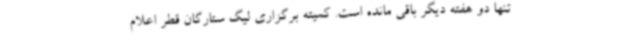
تنها دو هفته دیگر باقی مانده است. کمیته برگزاری لیگ ستارگان قطر اعلام